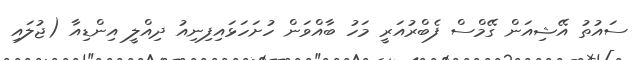
ސައުތު އޭޝިއަން ގޭމްސް ފެބްރުއަރީ މަހު ބާއްވަން ހުށަހަޅައިފިނިއު ދިއްލީ އިންޑިއާ (ޖުލައި